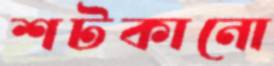
শটকানো